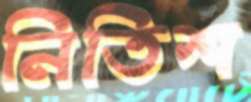
নিতিশ